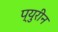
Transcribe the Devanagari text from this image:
प्युरीन